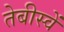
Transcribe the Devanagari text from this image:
तेबीस्वें